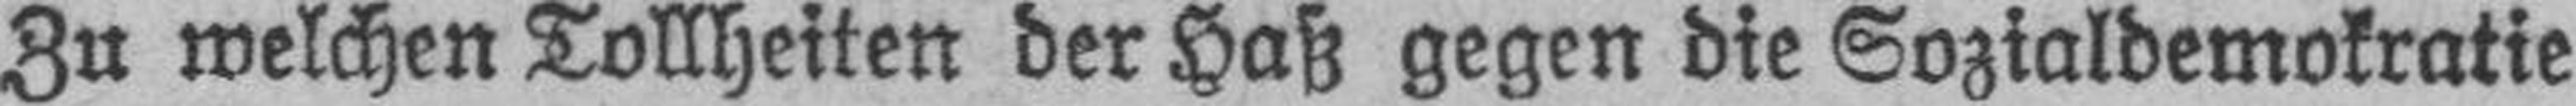
Zu welchen Tollheiten der Haß gegen die Sozialdemokratie